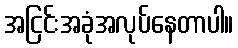
အငြင်းအခုံအလုပ်နေတာပါ။